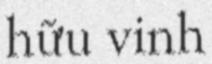
hữu vinh